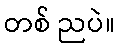
တစ် ညပဲ။